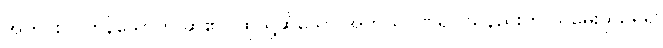
အတွင်းဝင်ကုန်သောဟု ဆို၏။ ထိုသို့ဆိုသော် အဘယ်ဂုဏ်ရှိပါသနည်းဟု သူမေးဖွယ်ရှိ၍